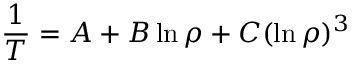
{ \frac { 1 } { T } } = A + B \ln \rho + C ( \ln \rho ) ^ { 3 }